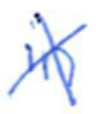
Text: in
Cross-out: cross
Writing tool: ballpoint